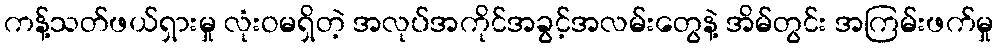
ကန့်သတ်ဖယ်ရှားမှု လုံးဝမရှိတဲ့ အလုပ်အကိုင်အခွင့်အလမ်းတွေနဲ့ အိမ်တွင်း အကြမ်းဖက်မှု